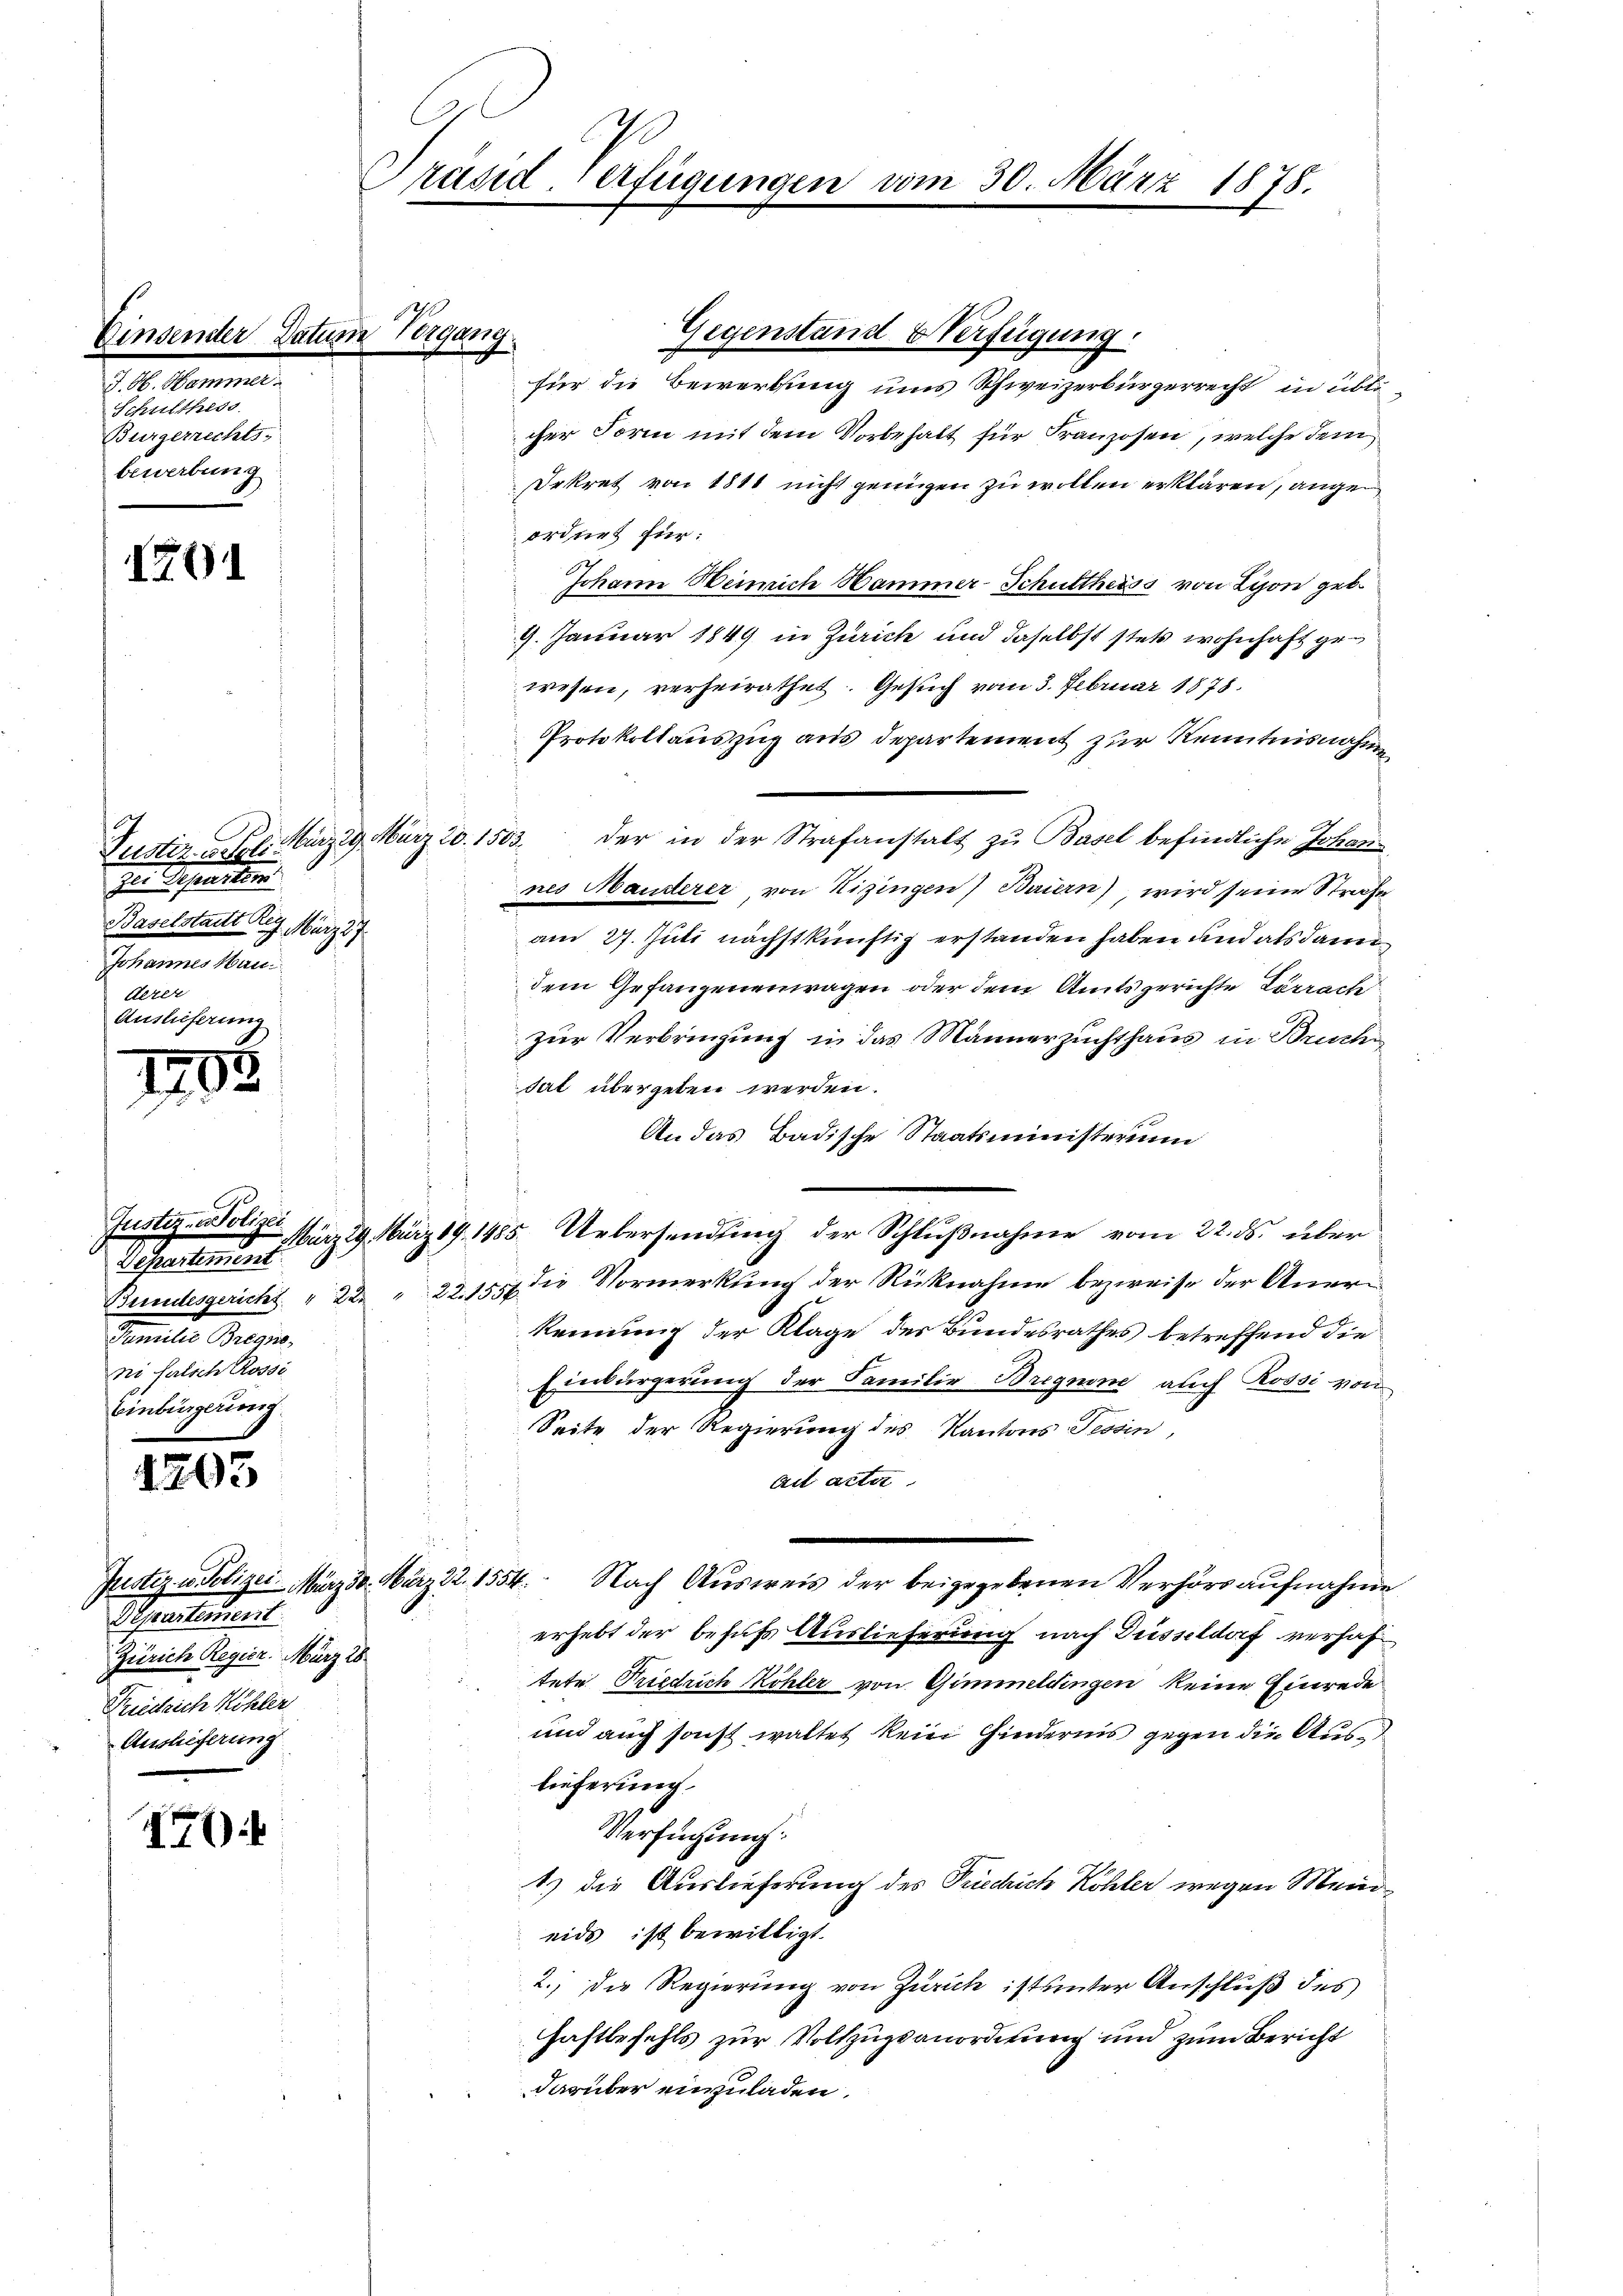
Einsender Dah
J. H. Hammer.
Schulthess
Bürgerrechts-
bewerbung

191

1703

1203

)

tem Vergang.
Gegenstand Verfügung.

zu reparten
Baselstatt Reg. März 17
Johannes Hau
derer
Auslieferung

Departement
Finander Bezir
ni falsch Rosse
Einbürgerung

Präsid Verfügunge

Streibunal
Zürich Regier. März 28.
Friedrich Köhler
Auslieferung

20. März 1878.

für die Bewerbung uns Schweizerbürgerrecht in üblicher Form mit dem Vorbehalt für Franzosen, welche dem
Dekret von 1811 nicht genügen zu wollen erklären, angeordnet für:
Johann Heinrich Hammer-Schuttheiss von Lyon geb.
9. Januar 1849 in Zürich und daselbst stets wohnhaft gewesen, verheirathet. Gesuch vom 3. Februar 1878.
Protokollauszug aus Departement zur Kenntnisnahmen
Justiz, l. März 19. März 20. 1503. der in der Strafanstalt zu Basel befindliche Johan
nes Manderer, von Nizingen) Bauern), wird seine Strafe
am 27. Juli nächstkünftig erstanden haben und als dann
dem Gefangenenwagen oder dem Amtsgerichte Lörrach
zur Verbringung in das Männerzuchthaus in Bruchen
sat übergeben werden.
An das Badische Staatsministerium
Justiz- Notiz März 29. März 19. 1485. Uebersendung der Schlußnahme vom 22. ds. über
Bundesgericht " 22 " 22. 1550 die Vormerkung der Rücknahme bezweife der Anerkennung der Klage des Bundesrathes betreffend die
Einbürgerung der Familie Bregnen auch Rossi von
Seite der Regierung des Kantons Tessin,
ait acter
Justiz u. Polizei-März 30. März 22. 1554. Nach Ausweis der beigegebenen Verhörs aufnahme
erhebt der behufs Auslieferung nach Düsseldorf verhaf
tete Friedrich Köhler von Gimmeldingen keine Einrede
und auch sonst waltet kein Hindernis gegen die Auslieferung.
Verfügung:
1) die Auslieferung des Friedrich Köhler wegen Mein
eids ist bewilligt.
2.) Die Regierung von Zürich ist unter Anschluß des
Haftbefehls zur Vollzugsanordnung und zum Bericht
darüber einzuladen.